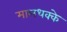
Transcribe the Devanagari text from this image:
मालधक्के